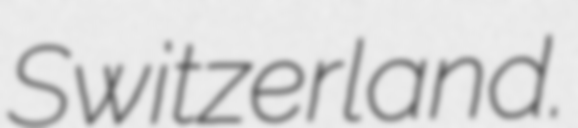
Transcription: Switzerland.